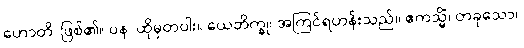
ဟောတိ၊ ဖြစ်၏။ ပန၊ ထိုမှတပါး။ ယေဘိက္ခု၊ အကြင်ရဟန်းသည်။ ဧကသ္မိံ၊ တခုသော။